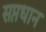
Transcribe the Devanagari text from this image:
सप्तधान